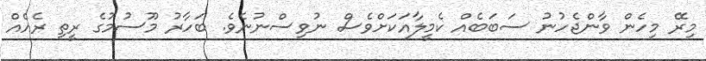
މިރޭ މިހެން ވާންޖެހުނު ސަބަބެއް ކެމީލާއަކަށްވެސް ނުވިސްނުނެވެ. ބަހާރު މޫސުމުގެ ރީތި ރެއެއް